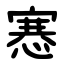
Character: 㥶